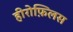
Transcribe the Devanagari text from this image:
हीरोफ़िलस